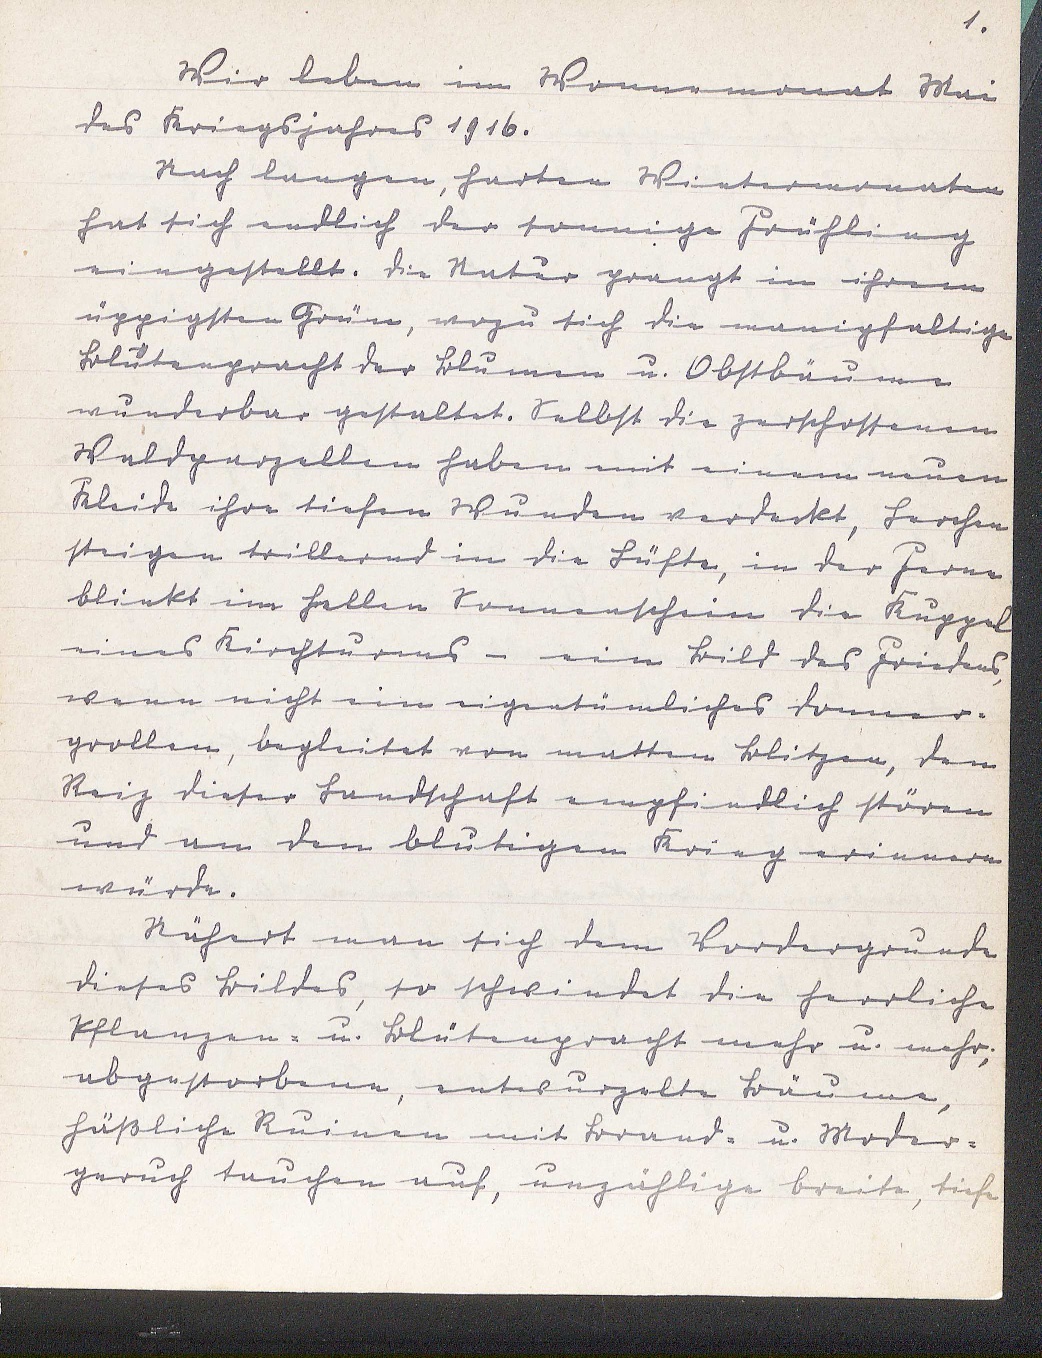
1.
Wir leben im Wonnemonat Mai
des Kriegsjahres 1916.
Nach langen, harten Wintermonaten
hat sich endlich der sonnige Frühling
eingestellt. Die Natur prangt in ihrem
üppigsten Grün, wozu sich die manigfaltige
Blütenpracht der Blumen u. Obstbäume
wunderbar gestaltet. Selbst die zerschossenen
Waldparzellen haben mit einem neuen
Kleide ihre tiefen Wunden verdeckt, Lerchen
steigen trillernd in die Lüfte, in der Ferne
blinkt im hellen Sonnenschein die Kuppel
eines Kirchturms - ein Bild des Friedens,
wenn nicht ein eigentümliches Donner-
grollen, begleitet von matten Blitzen, den
Reiz dieser Landschaft empfindlich stören
und an den blutigen Krieg erinnern
würde.
Nähert man sich dem Vordergrunde
dieses Bildes, so schwindet die herrliche
Pflanzen- u. Blütenpracht mehr u. mehr;
abgestorbene, entwurzelte Bäume,
häßliche Ruinen mit Brand- u. Moder-
geruch tauchen auf, unzählige breite, tiefe